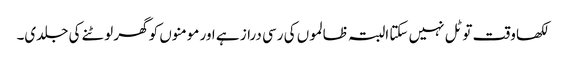
لکھا وقت تو ٹل نہیں سکتا البتہ ظالموں کی رسی دراز ہے اور مومنوں کو گھر لوٹنے کی جلدی۔